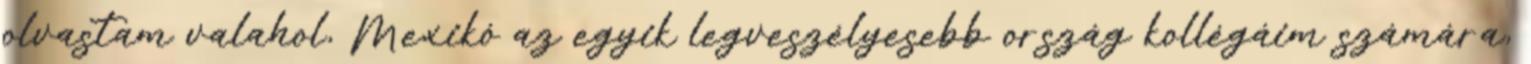
olvastam valahol, Mexikó az egyik legveszélyesebb ország kollégáim számára,